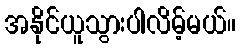
အနိုင်ယူသွားပါလိမ့်မယ်။